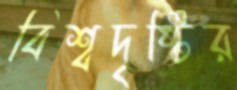
বিশ্বদৃষ্টির